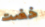
خضت